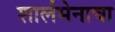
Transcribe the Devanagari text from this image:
शार्लमेनाचा